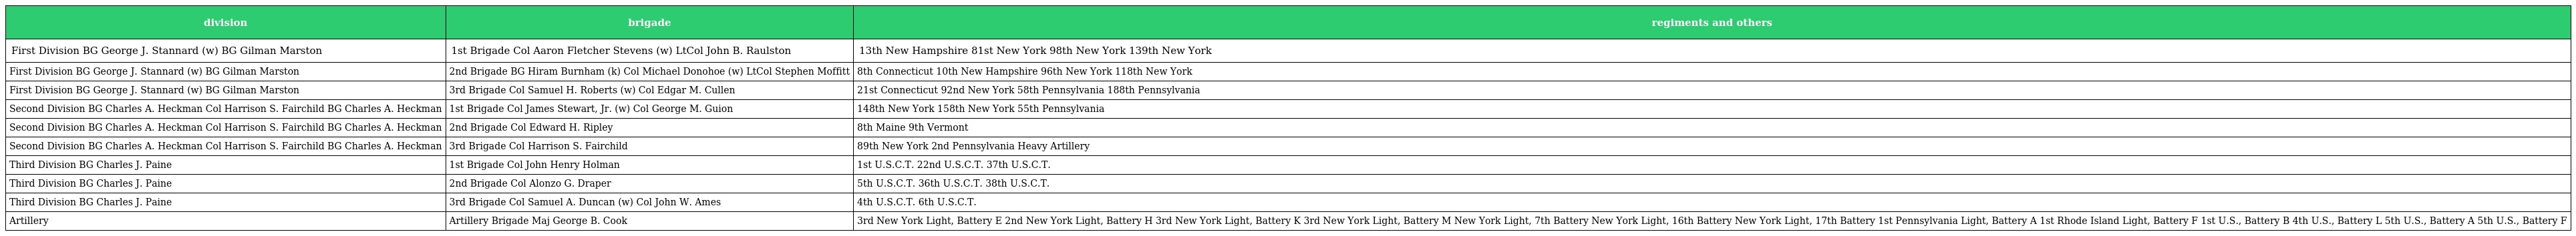
| division | brigade | regiments and others |
 | --- | --- | --- |
 | First Division BG George J. Stannard (w) BG Gilman Marston | 1st Brigade Col Aaron Fletcher Stevens (w) LtCol John B. Raulston | 13th New Hampshire 81st New York 98th New York 139th New York |
 | First Division BG George J. Stannard (w) BG Gilman Marston | 2nd Brigade BG Hiram Burnham (k) Col Michael Donohoe (w) LtCol Stephen Moffitt | 8th Connecticut 10th New Hampshire 96th New York 118th New York |
 | First Division BG George J. Stannard (w) BG Gilman Marston | 3rd Brigade Col Samuel H. Roberts (w) Col Edgar M. Cullen | 21st Connecticut 92nd New York 58th Pennsylvania 188th Pennsylvania |
 | Second Division BG Charles A. Heckman Col Harrison S. Fairchild BG Charles A. Heckman | 1st Brigade Col James Stewart, Jr. (w) Col George M. Guion | 148th New York 158th New York 55th Pennsylvania |
 | Second Division BG Charles A. Heckman Col Harrison S. Fairchild BG Charles A. Heckman | 2nd Brigade Col Edward H. Ripley | 8th Maine 9th Vermont |
 | Second Division BG Charles A. Heckman Col Harrison S. Fairchild BG Charles A. Heckman | 3rd Brigade Col Harrison S. Fairchild | 89th New York 2nd Pennsylvania Heavy Artillery |
 | Third Division BG Charles J. Paine | 1st Brigade Col John Henry Holman | 1st U.S.C.T. 22nd U.S.C.T. 37th U.S.C.T. |
 | Third Division BG Charles J. Paine | 2nd Brigade Col Alonzo G. Draper | 5th U.S.C.T. 36th U.S.C.T. 38th U.S.C.T. |
 | Third Division BG Charles J. Paine | 3rd Brigade Col Samuel A. Duncan (w) Col John W. Ames | 4th U.S.C.T. 6th U.S.C.T. |
 | Artillery | Artillery Brigade Maj George B. Cook | 3rd New York Light, Battery E 2nd New York Light, Battery H 3rd New York Light, Battery K 3rd New York Light, Battery M New York Light, 7th Battery New York Light, 16th Battery New York Light, 17th Battery 1st Pennsylvania Light, Battery A 1st Rhode Island Light, Battery F 1st U.S., Battery B 4th U.S., Battery L 5th U.S., Battery A 5th U.S., Battery F |